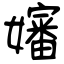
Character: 嬸